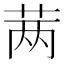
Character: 𬜯